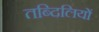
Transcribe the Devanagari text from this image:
तब्दिलियों